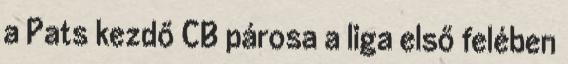
a Pats kezdő CB párosa a liga első felében